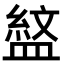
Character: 𭾎